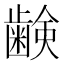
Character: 𮯈